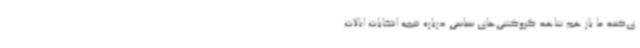
ی‌کنند ما باز هم شاهد گروکشی‌های سیاسی درباره نتیجه انتخابات ایالات